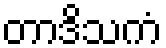
တာဒိသကံ